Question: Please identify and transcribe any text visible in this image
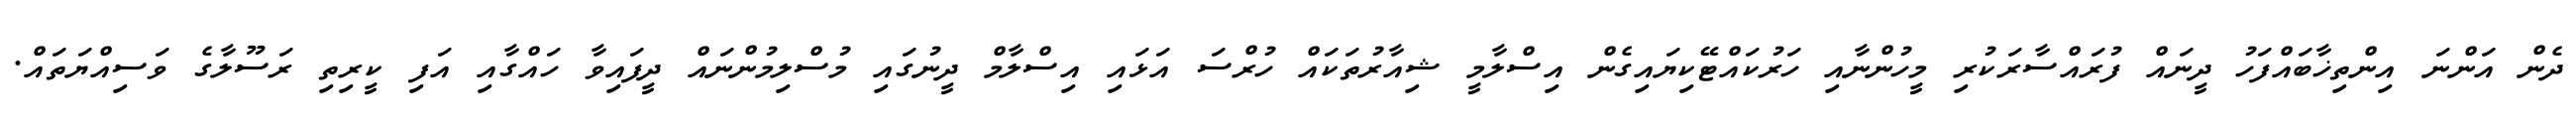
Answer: ދެން އަންނަ އިންތިޚާބައްފަހު ދީނައް ފުރައްސާރަކުރި މީހުންނާއި ހަރުކައްޓޭކިޔައިގެން އިސްލާމީ ޝިއާރުތަކައް ހުރްސަ އަޅައި އިސްލާމް ދީނުގައި މުސްލިމުންނައް ދީފައިވާ ހައްގާއި އަފި ކީރިތި ރަސޫލާގެ ވަސިއްޔަތައް.